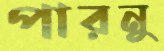
পারনু